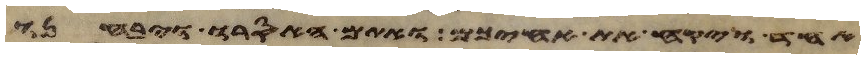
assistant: אחד ויקח את אחיכם ואתם האסרו ויבחנו